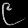
Digit: ၉